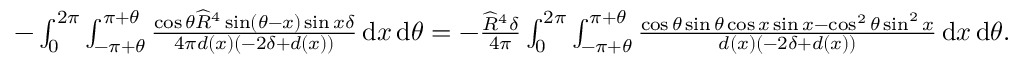
\begin{array} { r } { - \int _ { 0 } ^ { 2 \pi } \int _ { - \pi + \theta } ^ { \pi + \theta } \frac { \cos \theta \widehat { R } ^ { 4 } \sin ( \theta - x ) \sin x \delta } { 4 \pi d ( x ) ( - 2 \delta + d ( x ) ) } \, { \mathrm { d } } x \, { \mathrm { d } } \theta = - \frac { \widehat { R } ^ { 4 } \delta } { 4 \pi } \int _ { 0 } ^ { 2 \pi } \int _ { - \pi + \theta } ^ { \pi + \theta } \frac { \cos \theta \sin \theta \cos x \sin x - \cos ^ { 2 } \theta \sin ^ { 2 } x } { d ( x ) \left( - 2 \delta + d ( x ) \right) } \, { \mathrm { d } } x \, { \mathrm { d } } \theta . } \end{array}